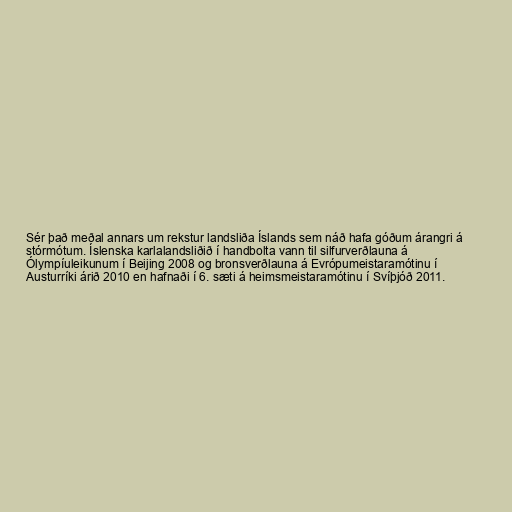
Sér það meðal annars um rekstur landsliða Íslands sem náð hafa góðum árangri á
stórmótum. Íslenska karlalandsliðið í handbolta vann til silfurverðlauna á
Ólympíuleikunum í Beijing 2008 og bronsverðlauna á Evrópumeistaramótinu í
Austurríki árið 2010 en hafnaði í 6. sæti á heimsmeistaramótinu í Svíþjóð 2011.